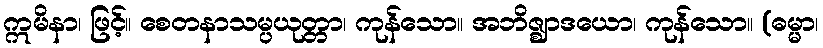
ဣမိနာ၊ ဖြင့်။ စေတနာသမ္ပယုတ္တာ၊ ကုန်သော။ အဘိဇ္ဈာဒယော၊ ကုန်သော။ (ဓမ္မာ၊